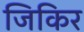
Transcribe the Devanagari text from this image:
जिकिर